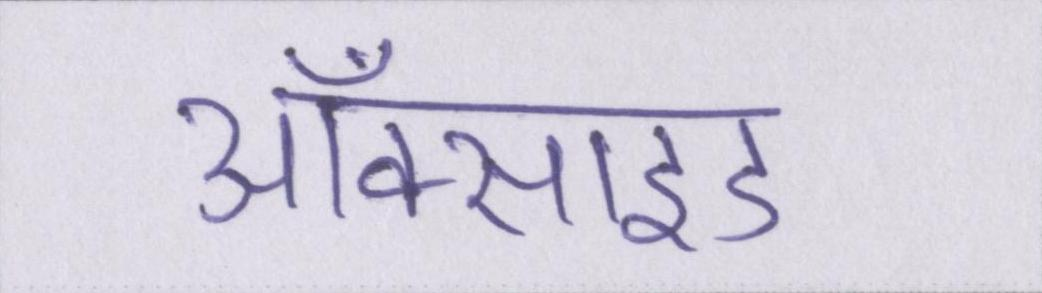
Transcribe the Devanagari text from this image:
ऑक्साइड